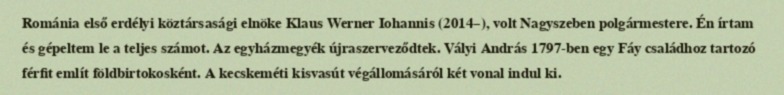
Románia első erdélyi köztársasági elnöke Klaus Werner Iohannis (2014–), volt Nagyszeben polgármestere. Én írtam és gépeltem le a teljes számot. Az egyházmegyék újraszerveződtek. Vályi András 1797-ben egy Fáy családhoz tartozó férfit említ földbirtokosként. A kecskeméti kisvasút végállomásáról két vonal indul ki.